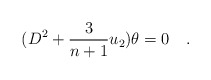
\begin{align*}(D^2 + {3\over{n+1}} u_2) \theta =0\quad. \end{align*}